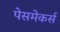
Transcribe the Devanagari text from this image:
पेसमेकर्स